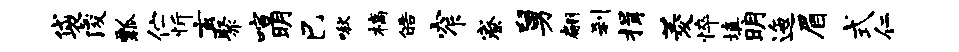
袋浚瓢伫忻玄聚喧明巳啾槁皓窄寮舅翩刹揖菱悴填明迤眉式仁